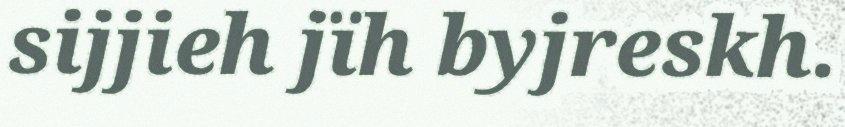
sijjieh jïh byjreskh.